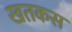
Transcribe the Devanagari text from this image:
खतकस